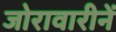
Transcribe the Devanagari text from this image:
जोरावारीनें